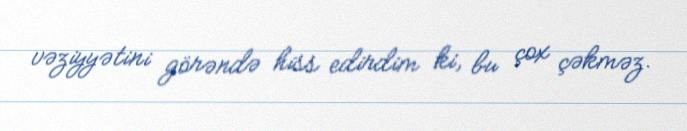
vəziyyətini görəndə hiss edirdim ki, bu çox çəkməz.